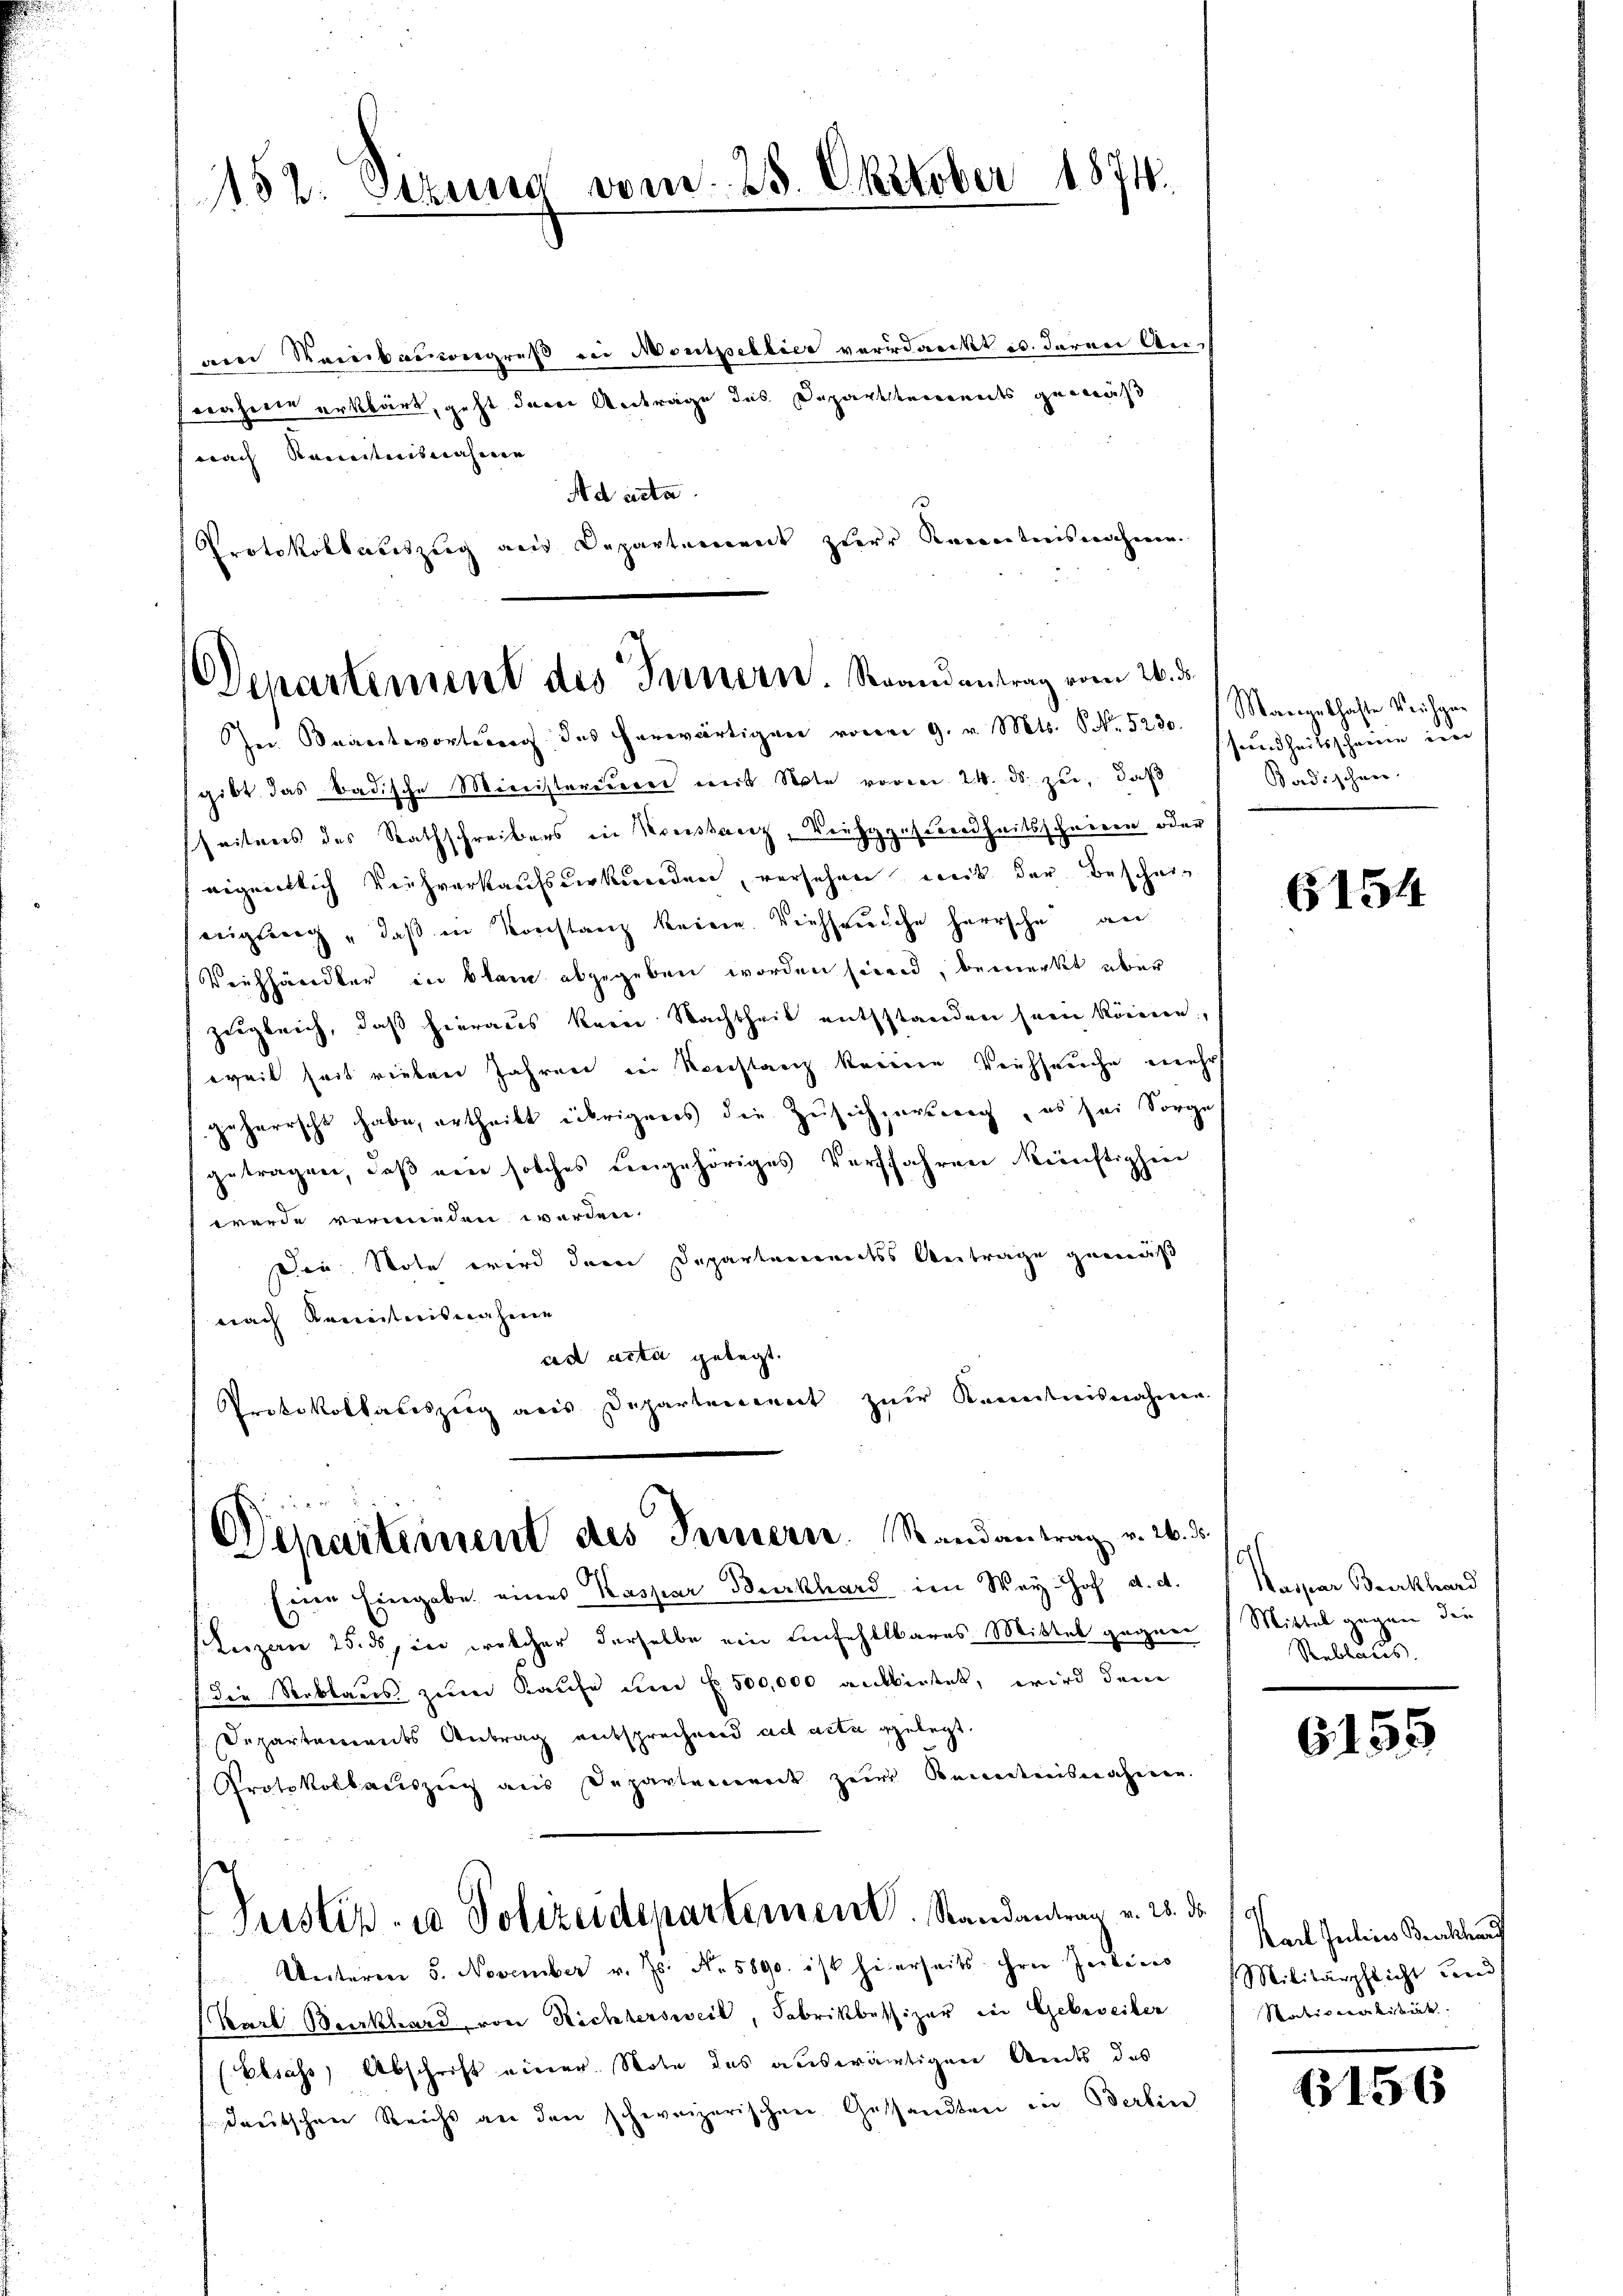
1152. Sizung vom 25. Oktober 1874.

am Reinbauongreß in Montellier verdankt u. deren Ancrahirte erklärt, geht davon Antrage das Departements gemäß
nach Kenntnisnahme
Ad acta.
Protokollauszug aus Departement zur Kenntnisnahme.

Departement des Innern. Brandantrag vom 26. d.
In Beantwortŭng des herwärtigen vom 9. v. Mts. S. 5230. Manenthafte Weichge¬

gibt das Badische Ministereuerer mit Note voren 24. ds. zu, daß
seitens des Rathschreibens in Kreissarez, Verhages verdheitsschweren oder
eigentlich Viehverkaufsurkunden, versehen mit der Bescheieigung " daβ in Konstanz keine. Viehseuche herrsche an
Verhhändler in klam abgegeben worden sind, bemerkt über
zugleich, daß hieraus kein Nachtheil entsstanden sein könne,
weil seit rieben Jahren in Konstanz keinen Viehseuche mehr
geherrscht habe, ertheilt übrigens die Zusich persweg, es sei Sorge
getragen, daß ein solches eingehöriges Verfahren künftighin
werde vermieden werden.
Die Note wird dem Departemendess Antrage gemedi
nach Kenntnisnahme
cad acta gelegt.
Protokollateszug aus Departeniret zur Kenntnisnahmen

Eine Eingabe eines Kaspar Burkhard im Wey. Hof d. d.
Luzern 25. ds, in welcher derselbe ein einfehlbares Mittel gegnen
die Reblaus zum Kaufe um f 500,000 anbietet, wird den
Departements Antrag entsprechend ad acta gelegt.
Protokollauszug aus Departenwerk zur Kenntnisnahmen.
Pustiz- u Polizeidepartement. Randantrag v. 28. ds. a.
 Unterm 5. November v. Js. No. 5890. ist hierseits ihren Judices
Karl Burkhard von Richtersweil, Fabrikbesizer in Gebereiter
(Elsass, Abschrift einer Note das auswärtigen Andes des
deutschen Reicht an den schweizerischen Gesandten in Berlin

2 x
Departement des Ternern. Randantrag v. 26. d.

sundheitsschreien in
Badischner

6154

Kaspar Burkhard
Mittel augen die
Reblaus

6155

Karl Julius Burckhau
Militärpflicht und
Nationalität.

156